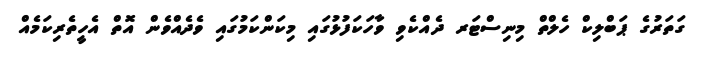
ގަތަރުގެ ޕަބްލިކް ހެލްތް މިނިސްޓަރ ދެއްކެވި ވާހަކަފުޅުގައި މިކަންކަމުގައި ވެދެއްވެން އޮތް އެހީތެރިކަމެއް